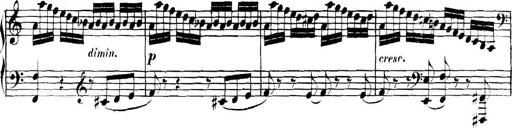
Title: Collected Piano Sonatas
Composer: Muzio Clementi